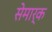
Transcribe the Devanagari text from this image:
सेमार्क